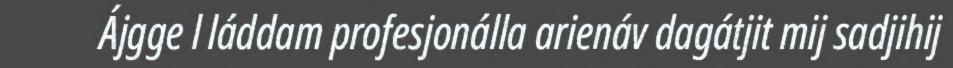
Ájgge l láddam profesjonálla arienáv dagátjit mij sadjihij